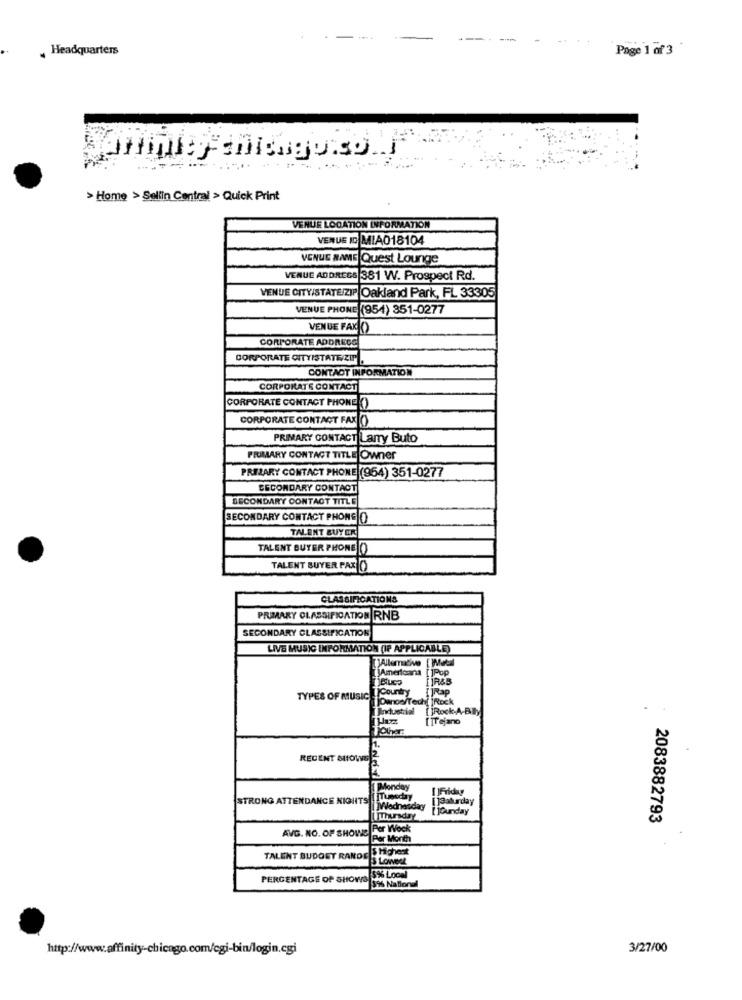
Headquarters
Page 1 of 3
> Home > Sellin Central > Quick Print
VENUE LOCATION INFORMATION
VENUE ID MIA018104
VENUE RAME Quest Lounge
VENUE ADDRESS 381 W. Prospect Rd.
VENUE CITY/STATEIZIP Oakland Park, FL 33305
VENUE PHONE (954) 351-0277
VENUE FAX ()
CORPORATE ADDRECC
CORPORATE CITYISTATE/ ZIF.
CONTACT INFORMATION
CORPORATE CONTACT
CORPORATE CONTACT PHONE ()
CORPORATE CONTACT FAX()
PRIMARY CONTACT Larry Buto
PRIMARY CONTACT TITLE Owner
PRIMARY CONTACT PHONE (954) 351-0277
SECONDARY CONTACT
SECONDARY CONTACT TITLE
SECONDARY CONTACT PHONELO
TALENT BUYER
TALENT BUYER PHONE ()
TALENT BUYER PAX O
CLASSIFICATIONS
PRIMARY CLASSIFICATION RNB
SECONDARY CLASSIFICATION
LIVE MUSIC INFORMATION (IF APPLICABLE)
[]Americana []Pop
jR&B
TYPES OF Music Icountry
[ ]Rap
¡¡ ºanoe/Tech
(İRock
Industrial
[]Rock-A-Billy
[ TTejano
TOlher
RECENT SHOWS
Monday
I ]Friday
STRONG ATTENDANCE NIGHTS [ UUneday
[ ]Saturday
]Wednesday
[ ]Gunday
[ Thursday
2083882793
AVG. NO. OF SHOWS
Por Wock
Per Month
5 Highest
TALENT BUDGET RANDE
S Lowent
PERCENTAGE of SHOWS 5% Local
596 National
http://www.affinity-chicago.com/cgi-bin/login.cgi
3/27/00